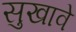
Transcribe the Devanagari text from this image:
सुखावे